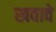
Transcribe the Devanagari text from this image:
खवावे